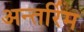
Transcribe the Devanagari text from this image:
अन्तर्रिम